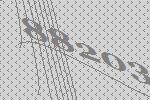
88203